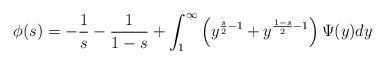
LaTeX: \begin{align*}\phi(s) = -\frac{1}{s} - \frac{1}{1-s} + \int_{1}^{\infty} \left( y^{\frac{s}{2}-1} + y^{\frac{1-s}{2}-1} \right) \Psi(y) dy\end{align*}